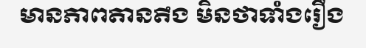
មានភាពតានតឹង មិនថាទាំងរឿង